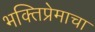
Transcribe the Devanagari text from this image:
भक्तिप्रेमाचा